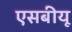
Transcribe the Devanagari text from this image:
एसबीयू